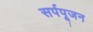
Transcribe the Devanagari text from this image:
सर्पपूजन